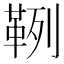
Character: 𩊡